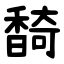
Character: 䭲